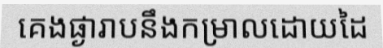
គេងផ្ងារាបនឹងកម្រាលដោយដៃ